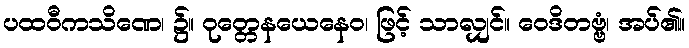
ပထဝီကသိဏေ၊ ၌။ ဝုတ္တေနယေနေဝ၊ ဖြင့် သာလျှင်။ ဝေဒိတဗ္ဗံ၊ အပ်၏။